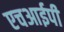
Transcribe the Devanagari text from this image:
एचआईपी